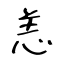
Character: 恙